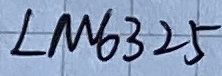
Text: LM6325